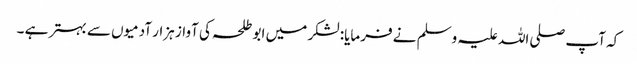
کہ آپ صلی اللہ علیہ وسلم نے فرمایا: لشکر میں ابو طلحہ کی آواز ہزار آدمیوں سے بہتر ہے ۔